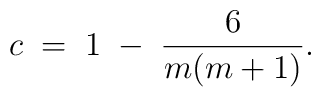
c\; =\; 1\; -\; \frac{6}{m(m+1)}  .